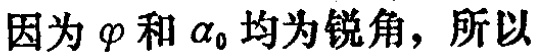
因为\(\varphi\)和\(\alpha_{0}\)均为锐角，所以